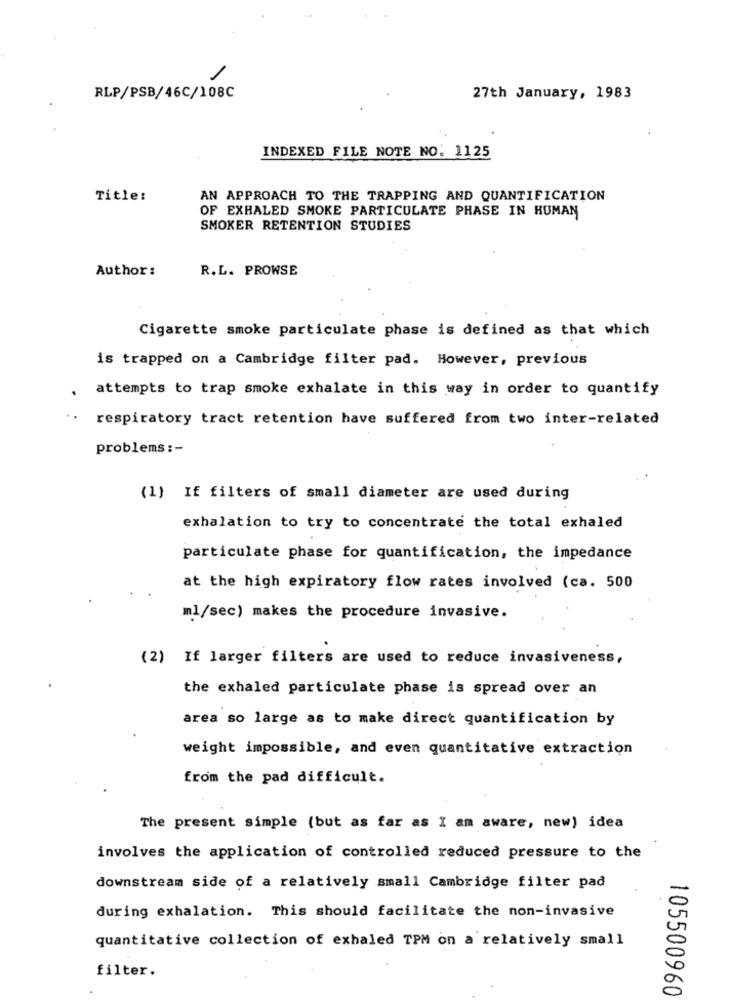
/
RLP/PSB/46C/108C
27th January, 1983
INDEXED FILE NOTE NO: 1125
Title:
AN APPROACH TO THE TRAPPING AND QUANTIFICATION
OF EXHALED SMOKE PARTICULATE PHASE IN HUMAN
SMOKER RETENTION STUDIES
Author:
R.L. PROWSE
Cigarette smoke particulate phase is defined as that which
is trapped on a Cambridge filter pad. However, previous
attempts to trap smoke exhalate in this way in order to quantify
respiratory tract retention have suffered from two inter-related
problems :-
(1) If filters of small diameter are used during
exhalation to try to concentrate the total exhaled
particulate phase for quantification, the impedance
at the high expiratory flow rates involved (ca. 500
ml/sec) makes the procedure invasive.
(2) If larger filters are used to reduce invasiveness,
the exhaled particulate phase is spread over an
area so large as to make direct quantification by
weight impossible, and even quantitative extraction
from the pad difficult.
The present simple (but as far as I am aware, new) idea
involves the application of controlled reduced pressure to the
downstream side of a relatively small Cambridge filter pad
during exhalation. This should facilitate the non-invasive
quantitative collection of exhaled TPM on a relatively small
filter.
105500960